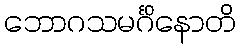
ဘောဂသမင်္ဂိနောတိ